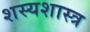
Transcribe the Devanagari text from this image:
शस्यशास्त्र